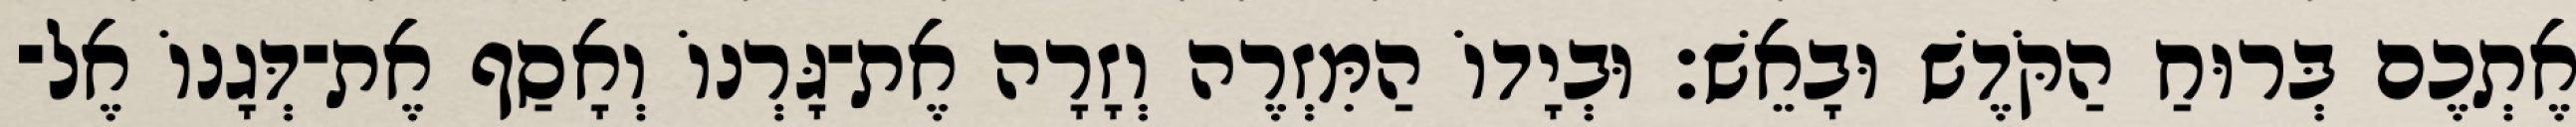
אֶתְכֶם בְּרוּחַ הַקֹּדֶשׁ וּבָאֵשׁ׃ וּבְיָדוֹ הַמִּזְרֶה וְזָרָה אֶת־גָּרְנוֹ וְאָסַף אֶת־דְּגָנוֹ אֶל־